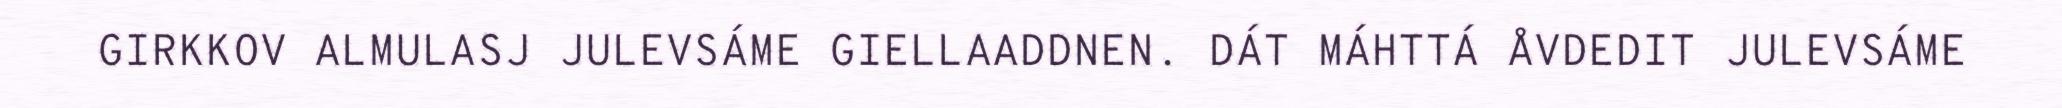
GIRKKOV ALMULASJ JULEVSÁME GIELLAADDNEN. DÁT MÁHTTÁ ÅVDEDIT JULEVSÁME